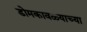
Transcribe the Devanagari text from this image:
डोमकावळ्याच्या